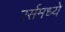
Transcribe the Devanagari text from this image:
एर्समध्ये